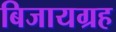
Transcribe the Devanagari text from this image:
बिजायग्रह